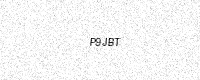
Text: P9JBT